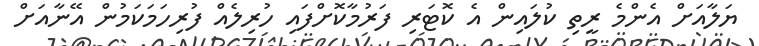
ޔަލާއަށް އެންމެ ރީތި ކުލައިން އެ ކޮޓަރި ފަރުމާކޮށްފައި ހުރިލެއް ފުރިހަމަކަމުން އޭނާއަށް